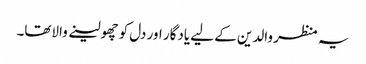
یہ منظر والدین کے لیے یادگار اور دل کو چھولینے والاتھا۔